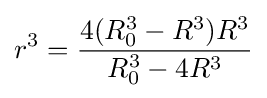
r^{3}={\frac {4(R_{0}^{3}-R^{3})R^{3}}{R_{0}^{3}-4R^{3}}}